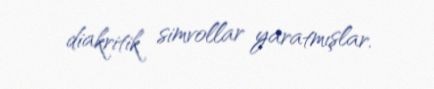
diakritik simvollar yaratmışlar.